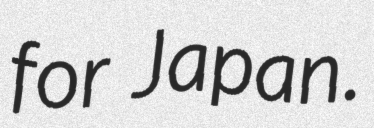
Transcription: for Japan.